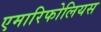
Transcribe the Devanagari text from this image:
एमारिफोलियस